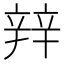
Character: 辡